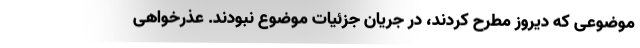
موضوعی که دیروز مطرح کردند، در جریان جزئیات موضوع نبودند. عذرخواهی